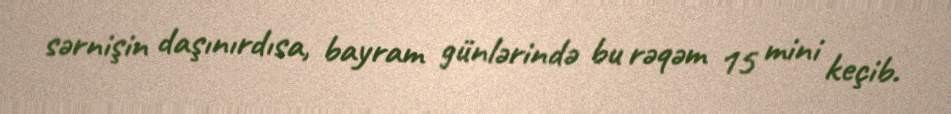
sərnişin daşınırdısa, bayram günlərində bu rəqəm 15 mini keçib.